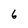
Character: 6